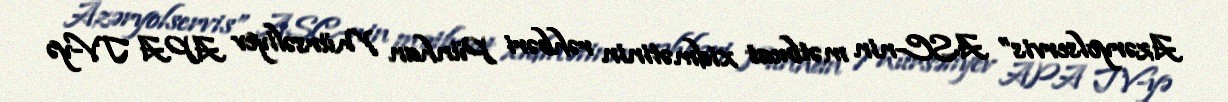
Azəryolservis” ASC-nin mətbuat xidmətinin rəhbəri Pünhan Mürsəliyev APA TV-yə